Annual returns of the Patna Lunatic Asylum at Bankipore in Bihar and Orissa - 1912-1924
Year: 1912
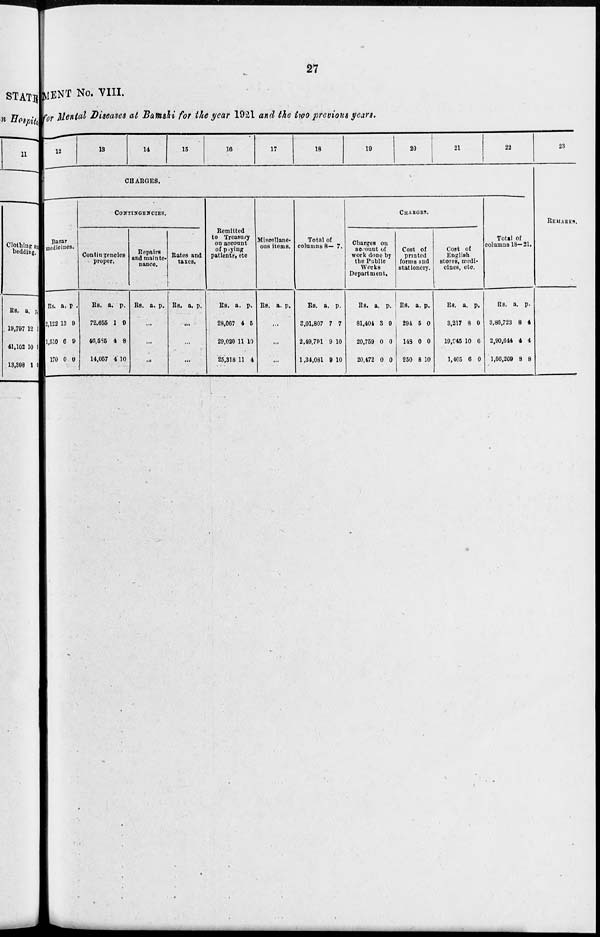
27
MENT No. VIII.
for Mental Diseases at Bamshi for the year 1921 and the two previous years.
12
13
14
15
16
17
18
19
20
21
22
CHARGES.
Bazar
medicines.
Rs.
2,122
1,510
170
a.
13
6
0
p.
9
9
0
CONTINGENCIES.
Contingencies
proper.
Rs.
72,655
46,585
14,057
a.
1
4
4
p.
9
8
10
Repairs
and mainte-
nance.
Rs. a. p.
...
...
...
Rates and
taxes.
Rs. a. p.
...
...
...
Remitted
to Treasary
on account
of paying
patients, etc.
Rs.
28,067
29,020
25,318
a.
4
11
11
p.
5
10
4
Miscellane-
ous items.
Rs. a. p.
...
...
...
Total of
columns 8— 7.
Rs.
3,01,807
2,49,791
1,34,081
a.
7
9
9
p.
7
10
10
CHARGES.
Charges on
account of
work done by
the Public
Works
Department.
Rs.
81,404
20,759
20,472
a.
3
0
0
p.
9
0
0
Cost of
printed
forms ond
stationery.
Rs.
294
148
250
a.
5
0
8
p.
0
0
10
Cost of
English
stores, medi-
cines, etc.
Rs.
3,217
19,945
1,465
a.
8
10
6
p.
0
6
0
Total of
columns 18—21.
Rs.
3,86,723
2,90,644
1,56,269
a.
8
4
8
p.
4
4
8
23
REMARKS.